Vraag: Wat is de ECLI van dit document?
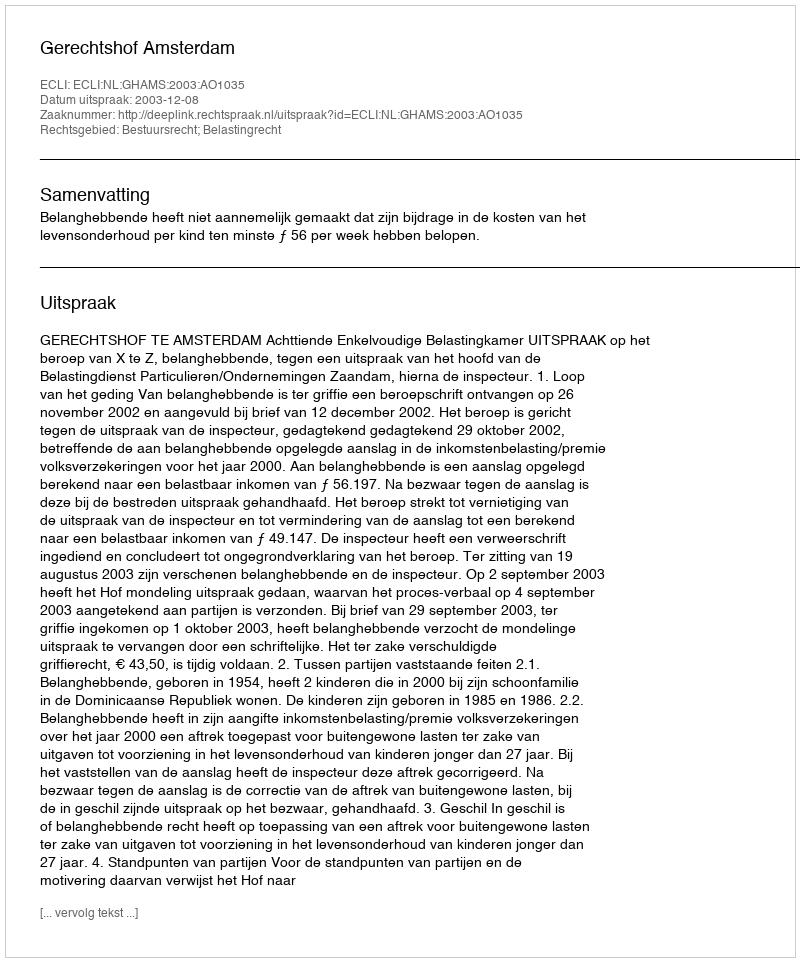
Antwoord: ECLI:NL:GHAMS:2003:AO1035